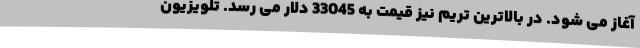
آغاز می شود. در بالاترین تریم نیز قیمت به 33045 دلار می رسد. تلویزیون